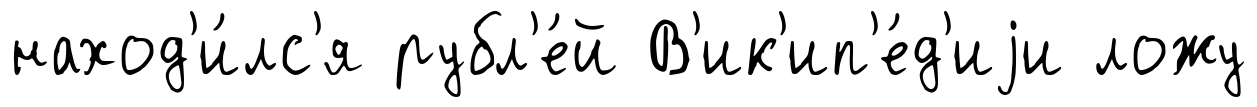
наход'и́лс'я рубл'е́й В'ик'ип'е́д'иjи ложу